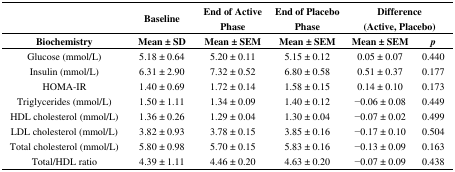
<table><thead><tr><td></td><td><b>Baseline</b></td><td><b>End of Active Phase</b></td><td><b>End of Placebo Phase</b></td><td colspan="2"><b>Difference (Active, Placebo)</b></td></tr><tr><td><b>Biochemistry</b></td><td><b>Mean ± SD</b></td><td><b>Mean ± SEM</b></td><td><b>Mean ± SEM</b></td><td><b>Mean ± SEM</b></td><td><b><i>p</i></b></td></tr></thead><tbody><tr><td>Glucose (mmol/L)</td><td>5.18 ± 0.64</td><td>5.20 ± 0.11</td><td>5.15 ± 0.12</td><td>0.05 ± 0.07</td><td>0.440</td></tr><tr><td>Insulin (mmol/L)</td><td>6.31 ± 2.90</td><td>7.32 ± 0.52</td><td>6.80 ± 0.58</td><td>0.51 ± 0.37</td><td>0.177</td></tr><tr><td>HOMA-IR</td><td>1.40 ± 0.69</td><td>1.72 ± 0.14</td><td>1.58 ± 0.15</td><td>0.14 ± 0.10</td><td>0.173</td></tr><tr><td>Triglycerides (mmol/L)</td><td>1.50 ± 1.11</td><td>1.34 ± 0.09</td><td>1.40 ± 0.12</td><td>−0.06 ± 0.08</td><td>0.449</td></tr><tr><td>HDL cholesterol (mmol/L)</td><td>1.36 ± 0.26</td><td>1.29 ± 0.04</td><td>1.30 ± 0.04</td><td>−0.07 ± 0.02</td><td>0.499</td></tr><tr><td>LDL cholesterol (mmol/L)</td><td>3.82 ± 0.93</td><td>3.78 ± 0.15</td><td>3.85 ± 0.16</td><td>−0.17 ± 0.10</td><td>0.504</td></tr><tr><td>Total cholesterol (mmol/L)</td><td>5.80 ± 0.98</td><td>5.70 ± 0.15</td><td>5.83 ± 0.16</td><td>−0.13 ± 0.09</td><td>0.163</td></tr><tr><td>Total/HDL ratio</td><td>4.39 ± 1.11</td><td>4.46 ± 0.20</td><td>4.63 ± 0.20</td><td>−0.07 ± 0.09</td><td>0.438</td></tr></tbody></table>